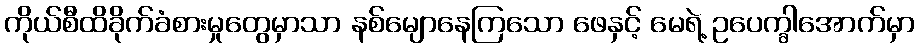
ကိုယ်စီထိခိုက်ခံစားမှုတွေမှာသာ နစ်မျောနေကြသော ဖေနှင့် မေရဲ့ ဥပေက္ခါအောက်မှာ